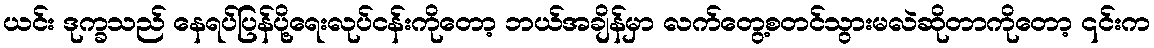
ယင်း ဒုက္ခသည် နေရပ်ပြန်ပို့ရေးလုပ်ငန်းကိုတော့ ဘယ်အချိန်မှာ လက်တွေ့စတင်သွားမလဲဆိုတာကိုတော့ ၎င်းက